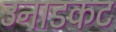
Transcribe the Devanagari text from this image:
उनाडकट